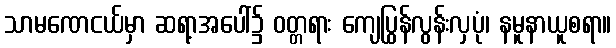
သာမဏေငယ်မှာ ဆရာ့အပေါ်၌ ဝတ္တရား ကျေပြွန်လွန်းလှပုံ၊ နမူနာယူစရာ။